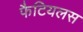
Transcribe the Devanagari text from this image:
फैटियलस